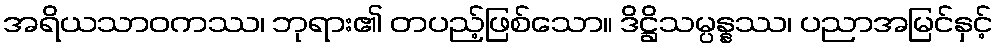
အရိယသာဝကဿ၊ ဘုရား၏ တပည့်ဖြစ်သော။ ဒိဋ္ဌိသမ္ပန္နဿ၊ ပညာအမြင်နှင့်